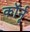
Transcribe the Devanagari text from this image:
कॉर्नू